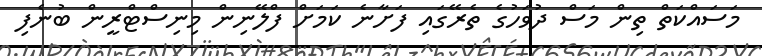
މަސައްކަތް ތިން މަސް ދުވަހުގެ ތެރޭގައި ފަށާނެ ކަމަށް ފްލޭނިން މިނިސްޓްރީން ބުނެފި